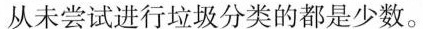
从未尝试进行垃圾分类的都是少数。